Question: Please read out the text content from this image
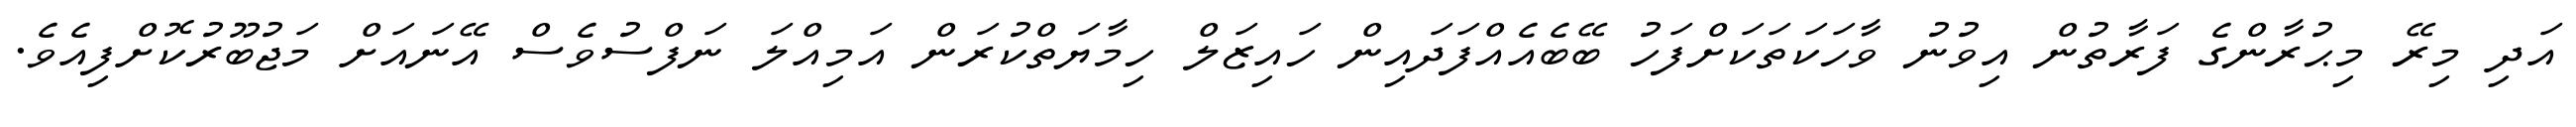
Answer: އަދި މިރޭ މިޙުރާންގެ ފަރާތުން އިވުނު ވާހަކަތަކަށްފަހު ބޭބެއެއްފަދައިން ހައިޒަލް ހިމާޔަތްކުރަން އަމިއްލަ ނަފްސުވެސް އޭނައަށް މަޖުބޫރުކޮށްފިއެވެ.